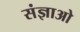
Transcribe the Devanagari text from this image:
संज्ञाओ